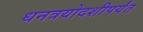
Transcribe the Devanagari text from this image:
धनत्रयोदशीपर्यंत